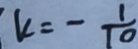
k = - \frac { 1 } { 1 0 }